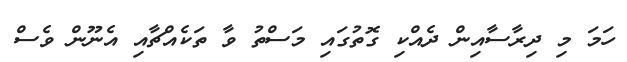
ހަމަ މި ދިރާސާއިން ދެއްކި ގޮތުގައި މަސްތު ވާ ތަކެއްޗާއި އެނޫން ވެސް